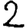
Digit: 2